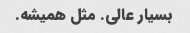
بسیار عالی. مثل همیشه.